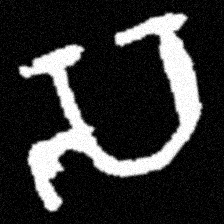
Pyu character \u2014 Myanmar letter: သ (romanized: sa)